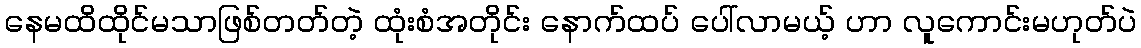
နေမထိထိုင်မသာဖြစ်တတ်တဲ့ ထုံးစံအတိုင်း နောက်ထပ် ပေါ်လာမယ့် ဟာ လူကောင်းမဟုတ်ပဲ